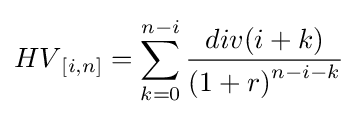
{HV}_{[i,n]}=\sum _{k=0}^{n-i}{\frac {div(i+k)}{{(1+r)}^{n-i-k}}}